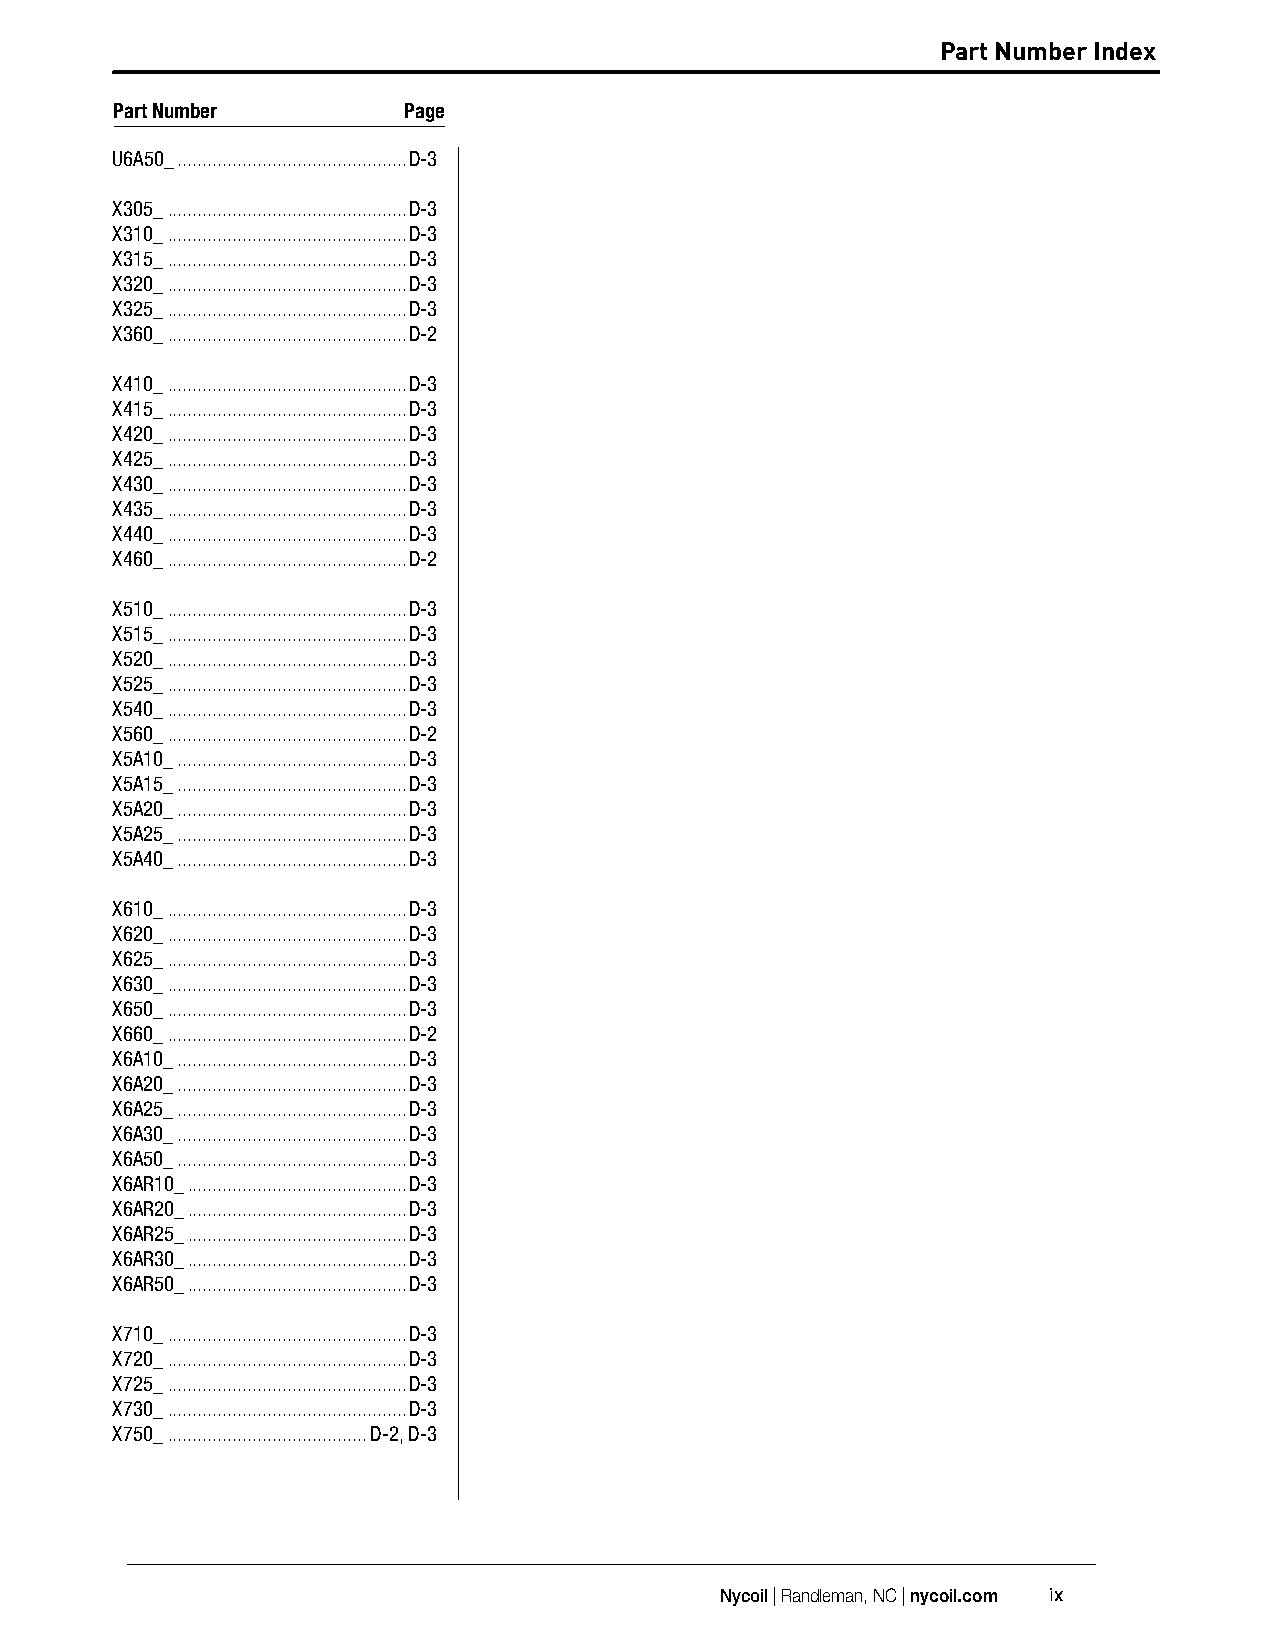
Part Number Index                                             Part Number Index
 Part Number        Page
 U6A50_ ..............................................D-3
 X305_ ................................................D-3
 X310_ ................................................D-3
 X315_ ................................................D-3
 X320_ ................................................D-3
 X325_ ................................................D-3
 X360_ ................................................D-2
 X410_ ................................................D-3
 X415_ ................................................D-3
 X420_ ................................................D-3
 X425_ ................................................D-3
 X430_ ................................................D-3
 X435_ ................................................D-3
 X440_ ................................................D-3
 X460_ ................................................D-2
 X510_ ................................................D-3
 X515_ ................................................D-3
 X520_ ................................................D-3
 X525_ ................................................D-3
 X540_ ................................................D-3
 X560_ ................................................D-2
 X5A10_ ..............................................D-3
 X5A15_ ..............................................D-3
 X5A20_ ..............................................D-3
 X5A25_ ..............................................D-3
 X5A40_ ..............................................D-3
 X610_ ................................................D-3
 X620_ ................................................D-3
 X625_ ................................................D-3
 X630_ ................................................D-3
 X650_ ................................................D-3
 X660_ ................................................D-2
 X6A10_ ..............................................D-3
 X6A20_ ..............................................D-3
 X6A25_ ..............................................D-3
 X6A30_ ..............................................D-3
 X6A50_ ..............................................D-3
 X6AR10_ ............................................D-3
 X6AR20_ ............................................D-3
 X6AR25_ ............................................D-3
 X6AR30_ ............................................D-3
 X6AR50_ ............................................D-3
 X710_ ................................................D-3
 X720_ ................................................D-3
 X725_ ................................................D-3
 X730_ ................................................D-3
 X750_ ........................................D-2, D-3
 Nycoil | Randleman, NC | nycoil.com ix